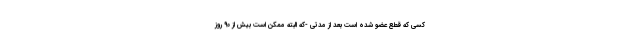
کسی که قطع عضو شده است بعد از مدتی -که البته ممکن است بیش از 90 روز